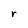
Character: r